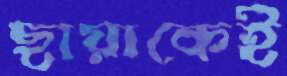
ছায়াকেই